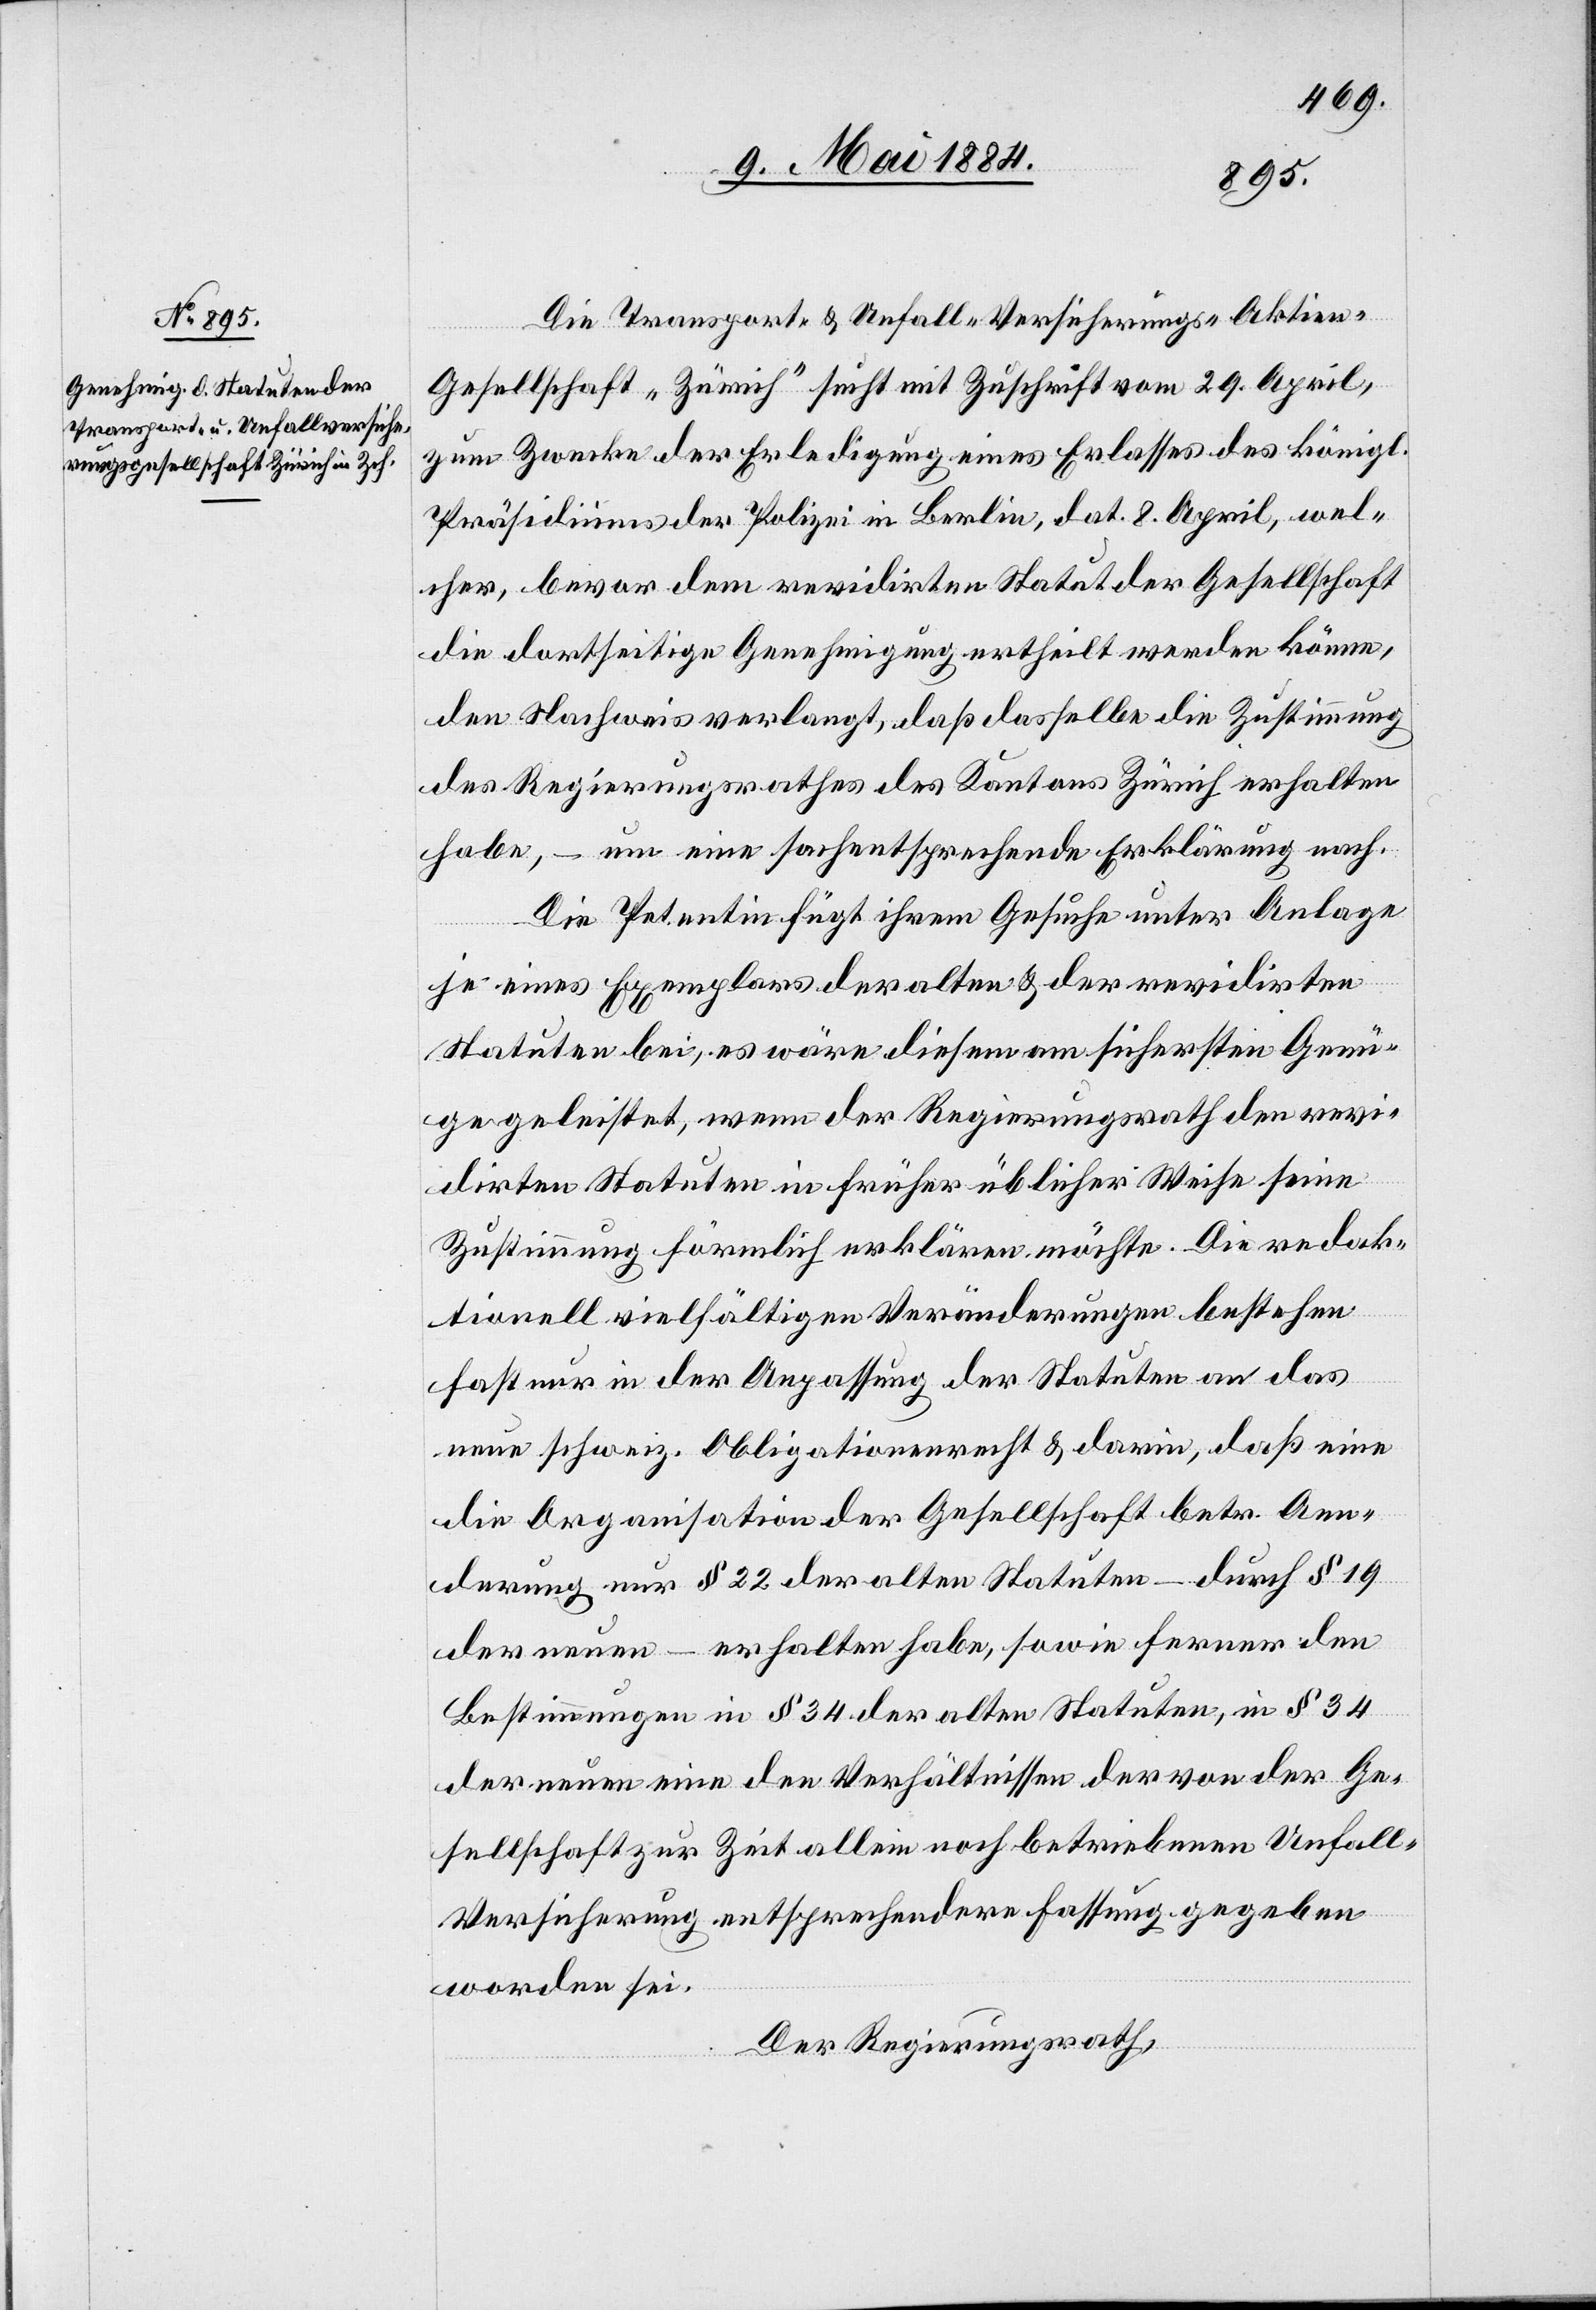
Die Transport- & Unfall-Versicherungs-Aktien-G¬
esellschaft „Zürich“ sucht mit Zuschrift vom 29. April,
zum Zwecke der Erledigung eines Erlasses des königl.
Präsidiums der Polizei in Berlin, dat. 8 April, wel¬
cher, bevor dem revidirten Statut der Gesellschaft
die dortseitige Genehmigung ertheilt werden könne,
den Nachweis verlangt, daß dasselbe die Zustimmung
des Regierungsrathes des Kantons Zürich erhalten
habe, – um eine sachentsprechende Erklärung nach.
Die Petentin fügt ihrem Gesuche unter Anlage
je eines Exemplars der alten & der revidirten
Statuten bei, es wäre diesem am sichersten Genü¬
ge geleistet, wenn der Regierungsrath den revi¬
dirten Statuten in früher üblicher Weise seine
Zustimmung förmlich erklären möchte. Die redak¬
tionell vielfältigen Veränderungen bestehen
fast nur in der Anpassung der Statuten an das
neue schweiz. Obligationenrecht & darin, daß eine
die Organisation der Gesellschaft betr. Aen¬
derung nur § 22 der alten Statuten – durch § 19
der neuen – erhalten habe, sowie ferner den
Bestimmungen in § 34 der alten Statuten, in § 34
der neuen eine den Verhältnissen der von der Ge¬
sellschaft zur Zeit allein noch betriebenen Unfal¬
l-Versicherung entsprechendere Fassung gegeben
worden sei.
Der Regierungsrath,